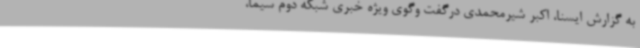
به گزارش ایسنا، اکبر شیرمحمدی درگفت وگوی ویژه خبری شبکه دوم سیما،